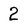
Character: 2